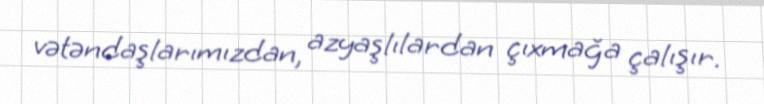
vətəndaşlarımızdan, azyaşlılardan çıxmağa çalışır.